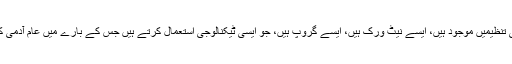
دنیا میں ایسی ایسی تنظیمیں موجود ہیں، ایسے نیٹ ورک ہیں، ایسے گروپ ہیں، جو ایسی ٹیکنالوجی استعمال کرتے ہیں جس کے بارے میں عام آدمی کو پتہ ہی نہیں ہے۔